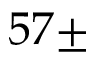
5 7 \pm